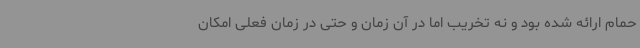
حمام ارائه شده بود و نه تخریب اما در آن زمان و حتی در زمان فعلی امکان